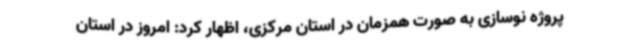
پروژه نوسازی به صورت همزمان در استان مرکزی، اظهار کرد: امروز در استان